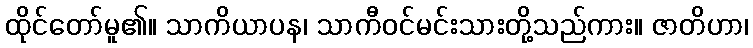
ထိုင်တော်မူ၏။ သာကိယာပန၊ သာကီဝင်မင်းသားတို့သည်ကား။ ဇာတိဟာ၊